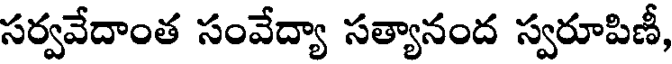
సర్వవేదాంత సంవేద్యా సత్యానంద స్వరూపిణీ,